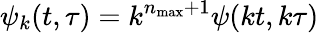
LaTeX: \psi_{k}(t,\tau)=k^{n_{\operatorname*{max}}+1}\psi(kt,k\tau)